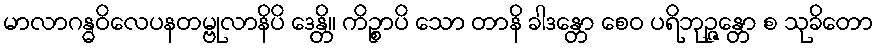
မာလာဂန္ဓဝိလေပနတမ္ဗုလာနိပိ ဒေန္တိ။ ကိဉ္စာပိ သော တာနိ ခါဒန္တော စေဝ ပရိဘုဉ္ဇန္တော စ သုခိတော